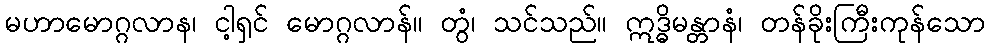
မဟာမောဂ္ဂလာန၊ ငါ့ရှင် မောဂ္ဂလာန်။ တွံ၊ သင်သည်။ ဣဒ္ဓိမန္တာနံ၊ တန်ခိုးကြီးကုန်သော